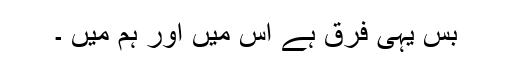
بس یہی فرق ہے اس میں اور ہم میں ۔